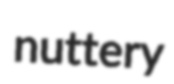
nuttery